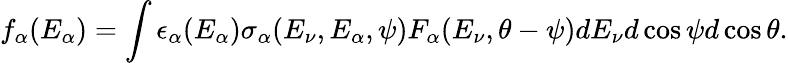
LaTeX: f_{\alpha}(E_{\alpha})=\int\epsilon_{\alpha}(E_{\alpha})\sigma_{\alpha}(E_{\nu},E_{\alpha},\psi)F_{\alpha}(E_{\nu},\theta-\psi)dE_{\nu}d\cos\psi d\cos\theta.